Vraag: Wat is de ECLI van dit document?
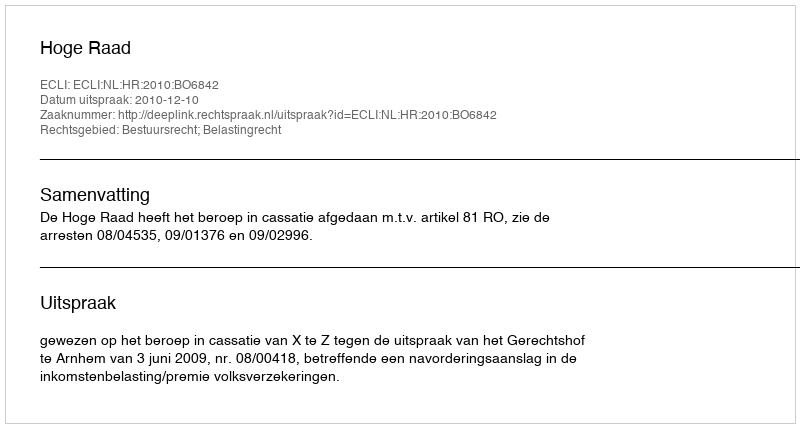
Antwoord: ECLI:NL:HR:2010:BO6842